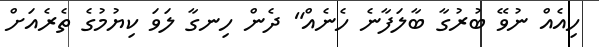
ހިއެއް ނުވޭ ބުރުގާ ބާލަފާނެ ހެނެއް" ދެން ހިނގާ ލަވަ ކިޔުމުގެ ތެރެއަށް